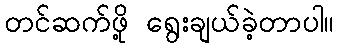
တင်ဆက်ဖို့ ရွေးချယ်ခဲ့တာပါ။